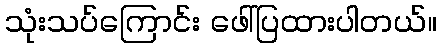
သုံးသပ်ကြောင်း ဖေါ်ပြထားပါတယ်။